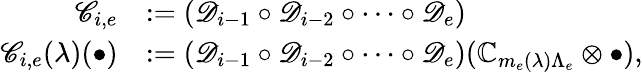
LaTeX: \begin{array}{rl}{\mathscr C_{i,e}}&{:=\left(\mathscr D_{i-1}\circ\mathscr D_{i-2}\circ\cdots\circ\mathscr D_{e}\right)}\\ {\mathscr C_{i,e}(\lambda)(\bullet)}&{:=\left(\mathscr D_{i-1}\circ\mathscr D_{i-2}\circ\cdots\circ\mathscr D_{e}\right)({\mathbb C}_{m_{e}(\lambda)\Lambda_{e}}\otimes\bullet),}\end{array}